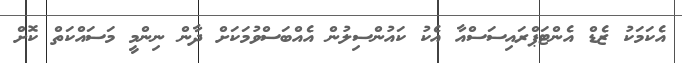
އެކަމަކު ޒެޑް އެންޓަޕްރައިސަސްއާ އެކު ކައުންސިލުން އެއްބަސްވުމަކަށް ދާން ނިންމީ މަސައްކަތް ކޮށް